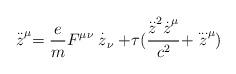
LaTeX: \begin{align*}\stackrel{..}{z}^\mu=\frac{e}{m}F^{\mu\nu}\stackrel{.}{z}_\nu +\tau (\frac{\stackrel{..}{z}^2\stackrel{.}{z}^\mu}{c^2} +\stackrel{...}{z}^\mu)\end{align*}